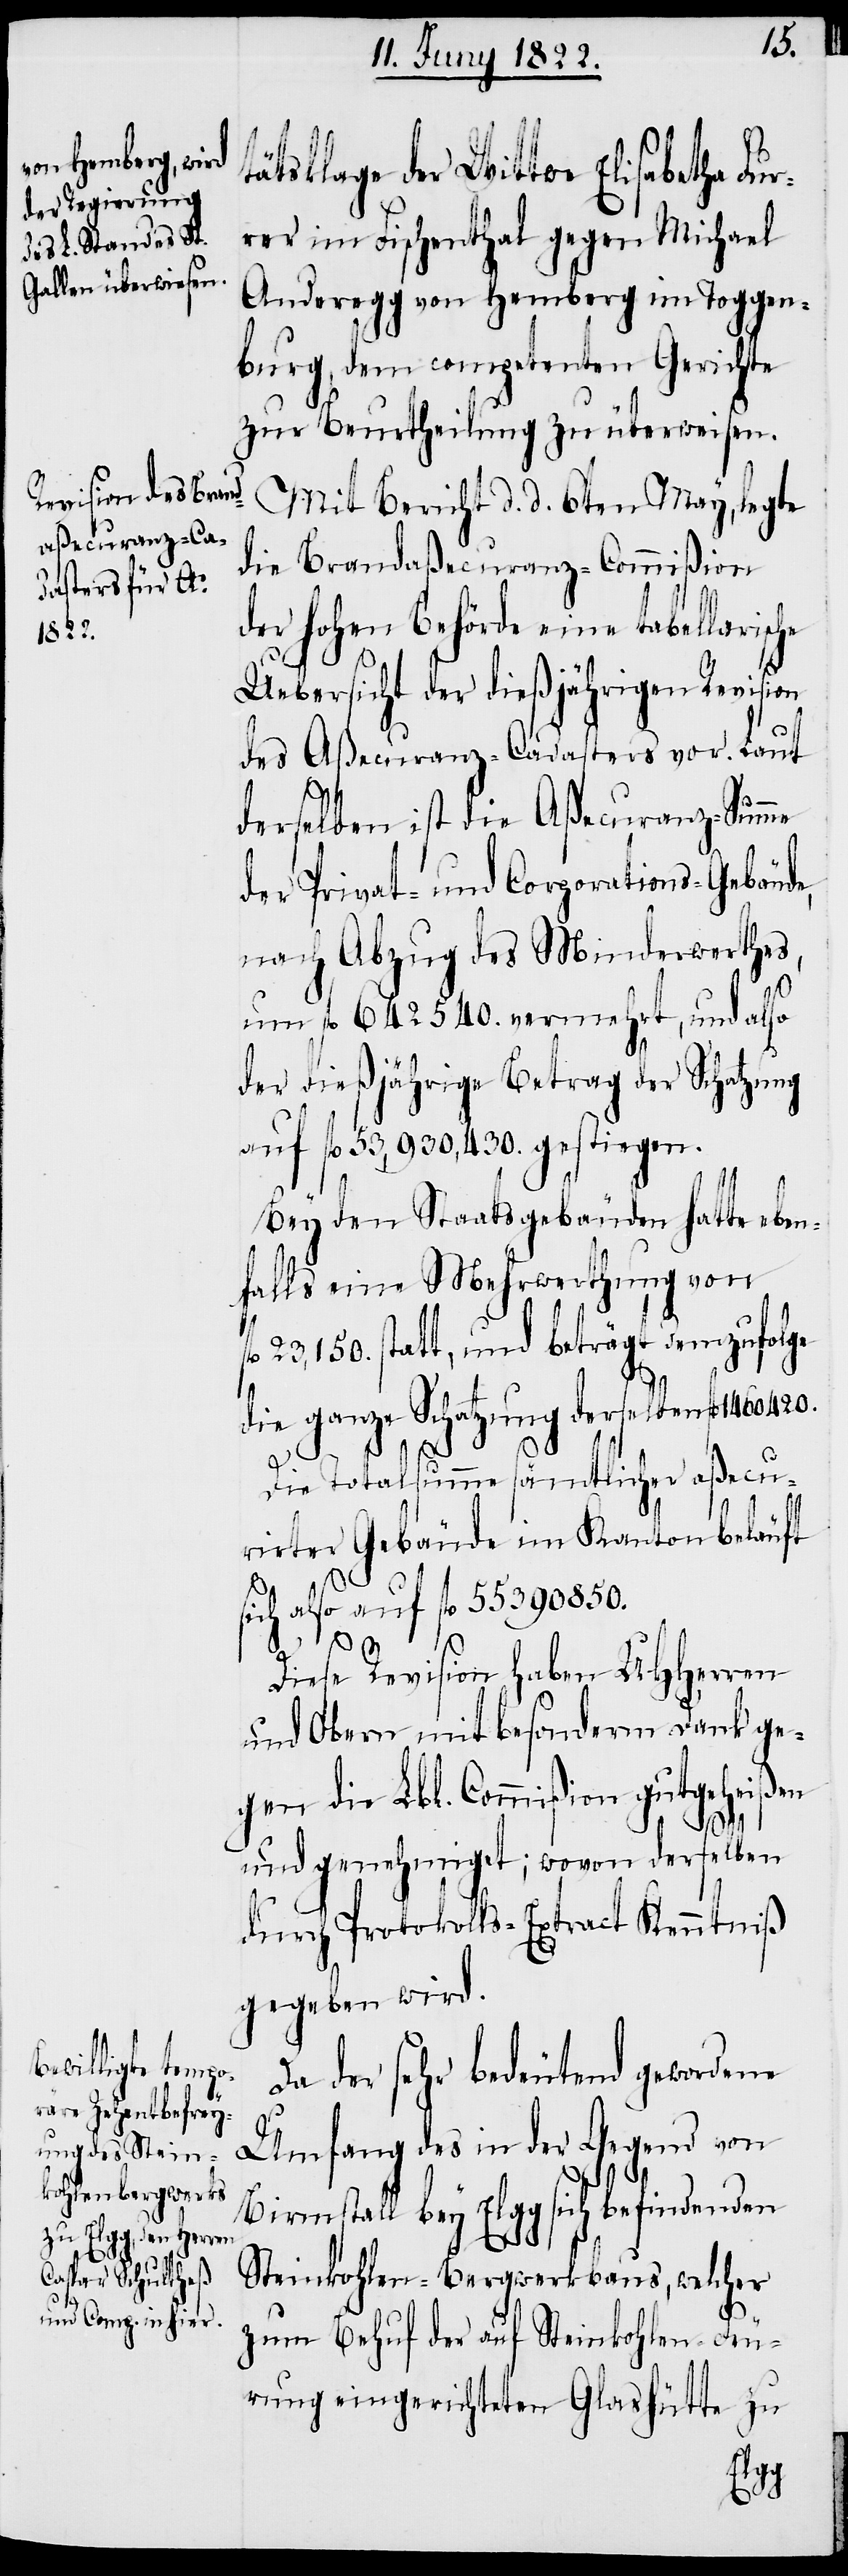
ätsklage der Wittwe Elisabetha Fu¬
rrer im Fischenthal gegen Michael
Anderegg von Hemberg im Toggen¬
burg, dem competenten Gerichte
zur Beurtheilung zu überweisen.
Mit Bericht d. d. 6ten May, legte
die Brandaßecuranz-Commißion
der hohen Behörde eine tabellarische
Uebersicht der dießjährigen Revision
des Aßecuranz-Cadasters vor. Laut
derselben ist die Aßecuranz-Summe
der Privat- und Corporations-Gebäude,
nach Abzug des Minderwerthes,
um fl. 642540. vermehrt, und also
der dießjährige Betrag der Schatzung
auf fl. 53,930,430. gestiegen.
t¬
Bey den Staatsgebäuden hatte eben¬
falls eine Mehrwerthung von
23,150. statt, und beträgt demzufolge
die ganze Schatzung derselben fl. 1460420.
Die Totalsumme sämtlicher aßecu¬
rirter Gebäude im Kanton beläuft
sich also auf fl. 55390850.
Diese Revision haben UHHerren
und Obern mit besonderm Dank ge¬
gen die Lbl. Commißion gutgeheißen
fl.
und genehmiget; wovon derselben
durch Protokolls-Extract Kenntniß
gegeben wird.
Da der sehr bedeutend gewordene
Umfang des in der Gegend von
Birmstall bey Elgg sich befindenden
Steinkohlen-Bergwerkbaus, welcher
zum Behuf der auf Steinkohlen-Feue¬
rung eingerichteten Glashütte zu